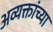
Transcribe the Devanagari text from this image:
अव्यक्तांच्या